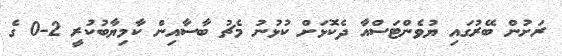
ރަށުން ބޭރުގައި ޔުވެންޓަސްއާ ދެކޮޅަށް ކުޅުނު މެޗު ބާސާއިން ކާމިޔާބުކުރީ 2-0 ގެ